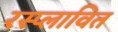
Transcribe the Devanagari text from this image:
रस्प्लावित